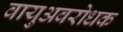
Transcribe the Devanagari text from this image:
वायुअवरोधक